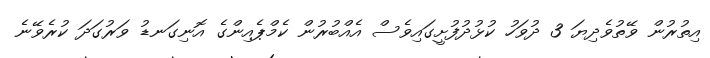
އިތުރުން ވޭތުވެދިޔަ 3 ދުވަހު ކުޅުދުފުށީގައިވެސް އެއްބުރުން ކެމްޕެއިންގެ އޮނިގަނޑު ވަރުގަދަ ކުރެވޭނެ